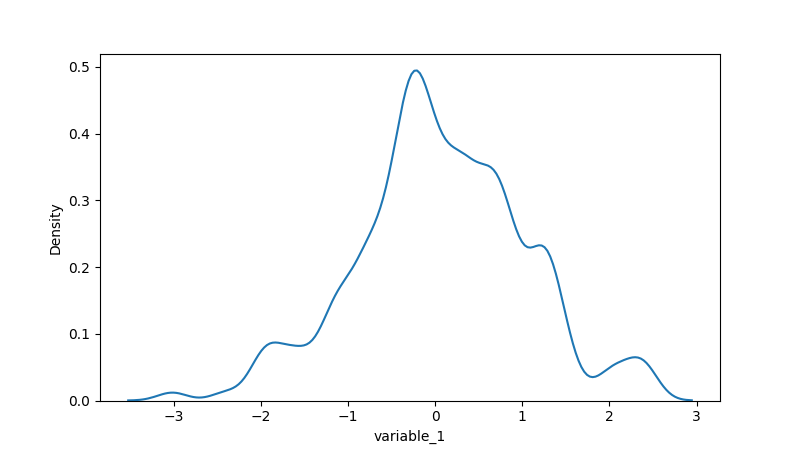
python, seaborn, kdeplot, hue='None', fill=False, bw_adjust=0.5